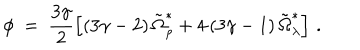
\phi \ = \ \frac { 3 \gamma } { 2 } \left[ \left( 3 \gamma - 2 \right) \tilde { \Omega } _ { \rho } ^ { \ast } + 4 \left( 3 \gamma - 1 \right) \tilde { \Omega } _ { \lambda } ^ { \ast } \right] \, .